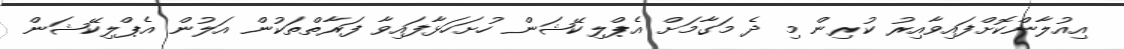
އިއުލާންކޮށްފައިވާއިރު ކުރިން މި ދެ މަގާމަށް އެޕްލިކޭޝަން ހުށަހަޅާފައިވާ ފަރާތްތަކުން އަލުން އެޕްލިކޭޝަން